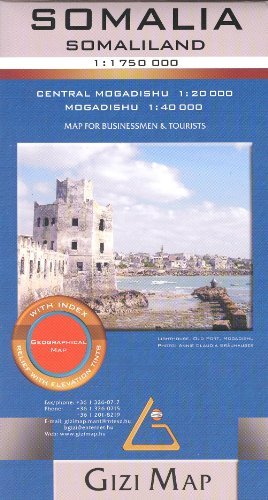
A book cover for Somalia, Somaliland & Puntland 1:1,750,000 Travel Map with Mogadishu plan GIZI, 2013 edition; G.Bassa; Travel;